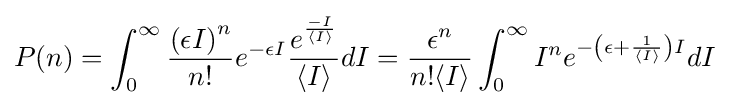
P(n)=\int _{0}^{\infty }{\frac {{\left(\epsilon I\right)}^{n}}{n!}}e^{-\epsilon I}{\frac {e^{\frac {-I}{\langle I\rangle }}}{\langle I\rangle }}dI={\frac {{\epsilon }^{n}}{n!\langle I\rangle }}\int _{0}^{\infty }{I}^{n}e^{-\left(\epsilon +{\frac {1}{\langle I\rangle }}\right)I}dI